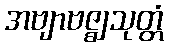
အဗျာဗဇ္ဈသုတ္တံ